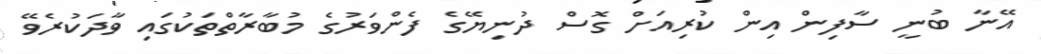
އޭނާ ބުނީ ސާފިން އިން ކުރިއަށް ގޮސް ދުނިޔޭގެ ފެންވަރުގެ މުބާރާތްތަކުގައި ވާދަކުރެވޭ